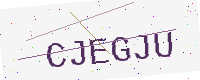
Text: CJEGJU